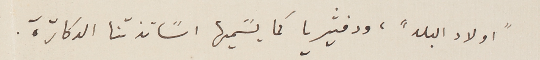
"اولاد البلد"، ودفثيريا كما يسًميها اسًاتذتنا الدكاترة.